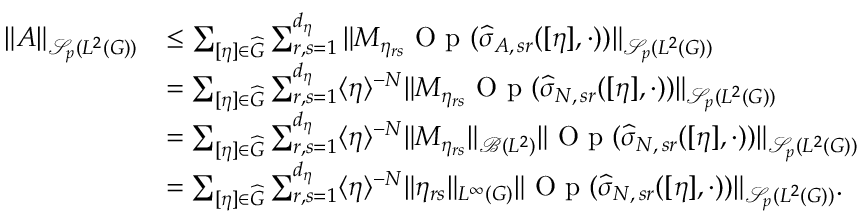
\begin{array} { r l } { \Vert A \Vert _ { \mathscr { S } _ { p } ( L ^ { 2 } ( G ) ) } } & { \leq \sum _ { [ \eta ] \in \widehat { G } } \sum _ { r , s = 1 } ^ { d _ { \eta } } \Vert M _ { \eta _ { r s } } \textnormal { O p } ( \widehat { \sigma } _ { A , \, s r } ( [ \eta ] , \cdot ) ) \Vert _ { \mathscr { S } _ { p } ( L ^ { 2 } ( G ) ) } } \\ & { = \sum _ { [ \eta ] \in \widehat { G } } \sum _ { r , s = 1 } ^ { d _ { \eta } } \langle \eta \rangle ^ { - N } \Vert M _ { \eta _ { r s } } \textnormal { O p } ( \widehat { \sigma } _ { N , \, s r } ( [ \eta ] , \cdot ) ) \Vert _ { \mathscr { S } _ { p } ( L ^ { 2 } ( G ) ) } } \\ & { = \sum _ { [ \eta ] \in \widehat { G } } \sum _ { r , s = 1 } ^ { d _ { \eta } } \langle \eta \rangle ^ { - N } \Vert M _ { \eta _ { r s } } \Vert _ { \mathscr { B } ( L ^ { 2 } ) } \Vert \textnormal { O p } ( \widehat { \sigma } _ { N , \, s r } ( [ \eta ] , \cdot ) ) \Vert _ { \mathscr { S } _ { p } ( L ^ { 2 } ( G ) ) } } \\ & { = \sum _ { [ \eta ] \in \widehat { G } } \sum _ { r , s = 1 } ^ { d _ { \eta } } \langle \eta \rangle ^ { - N } \Vert \eta _ { r s } \Vert _ { L ^ { \infty } ( G ) } \Vert \textnormal { O p } ( \widehat { \sigma } _ { N , \, s r } ( [ \eta ] , \cdot ) ) \Vert _ { \mathscr { S } _ { p } ( L ^ { 2 } ( G ) ) } . } \end{array}